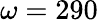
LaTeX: \omega=290